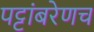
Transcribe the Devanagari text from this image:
पट्टांबरेणच